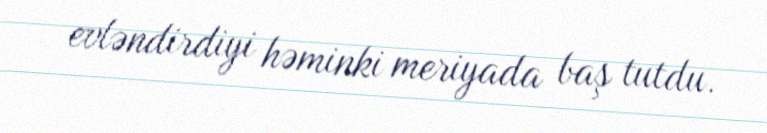
evləndirdiyi həminki meriyada baş tutdu.